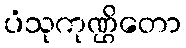
ပံသုကုဏ္ဌိတော